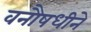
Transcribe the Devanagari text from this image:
वनौषधीने